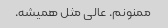
ممنونم. عالی مثل همیشه.